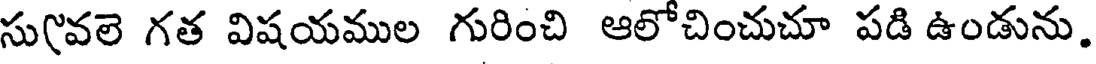
సు(వలె గత విషయముల గురించి ఆలోచించుచూ పడి ఉండును.